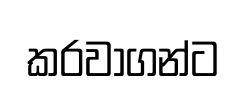
කරවාගන්ට